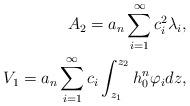
LaTeX: \begin{align*}A_2 = a_n \sum_{i=1}^\infty c_i^2 \lambda_i,\\V_1 = a_n \sum_{i=1}^\infty c_i \int_{z_1}^{z_2} h_0^n \varphi_i dz,\end{align*}